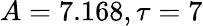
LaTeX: A=7.168,\tau=7